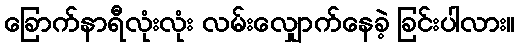
ခြောက်နာရီလုံးလုံး လမ်းလျှောက်နေခဲ့ ခြင်းပါလား။